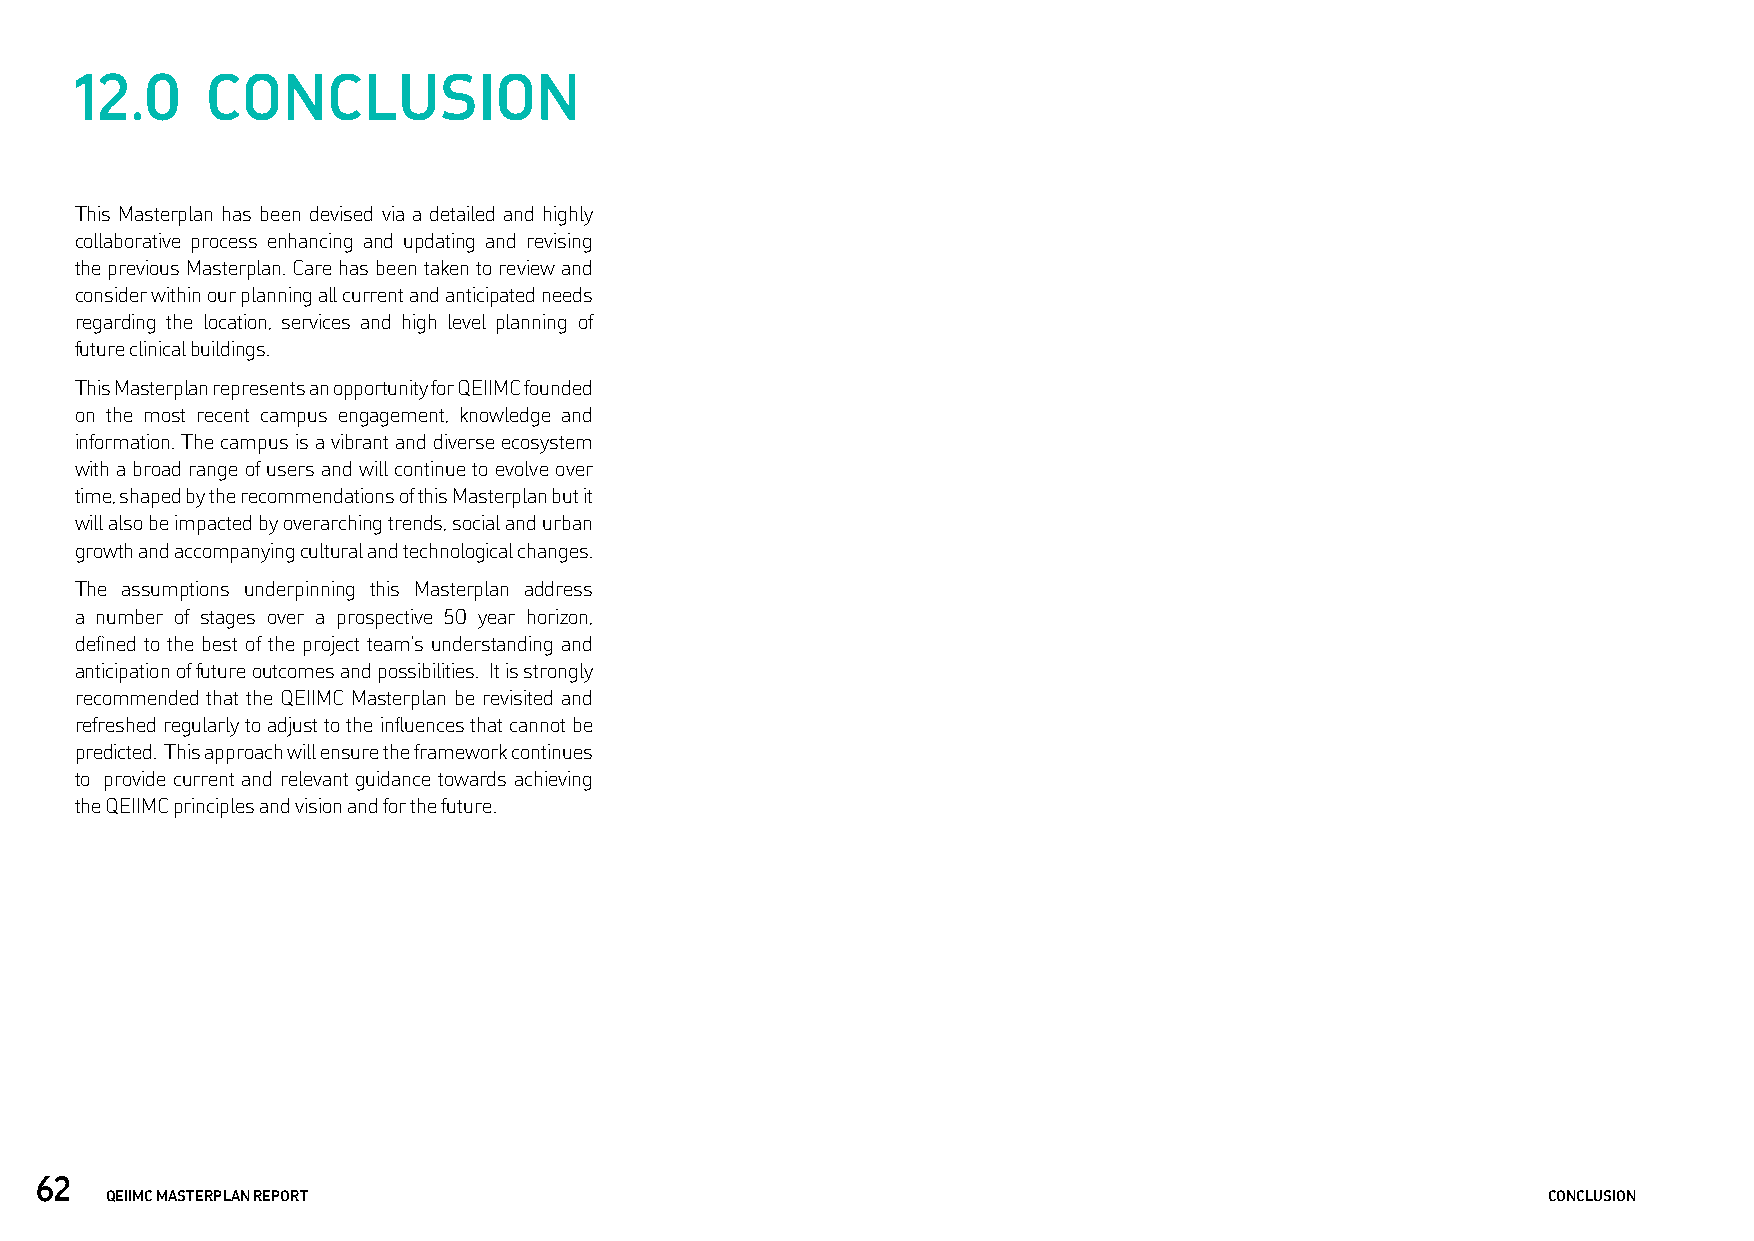
12.0     CONCLUSION
 This Masterplan has been devised via a detailed and highly
 collaborative process enhancing and updating and revising
 the previous Masterplan. Care has been taken to review and
 consider within our planning all current and anticipated needs
 regarding the location, services and high level planning of
 future clinical buildings.
 This Masterplan represents an opportunity for QEIIMC founded
 on the most recent campus engagement, knowledge and
 information. The campus is a vibrant and diverse ecosystem
 with a broad range of users and will continue to evolve over
 time, shaped by the recommendations of this Masterplan but it
 will also be impacted by overarching trends, social and urban
 growth and accompanying cultural and technological changes.
 The assumptions underpinning this Masterplan address
 a number of stages over a prospective 50 year horizon,
 defined to the best of the project team’s understanding and
 anticipation of future outcomes and possibilities. It is strongly
 recommended that the QEIIMC Masterplan be revisited and
 refreshed regularly to adjust to the influences that cannot be
 predicted. This approach will ensure the framework continues
 to provide current and relevant guidance towards achieving
 the QEIIMC principles and vision and for the future.
 62
 QEIIMC MASTERPLAN REPORT                                                                       CONCLUSION